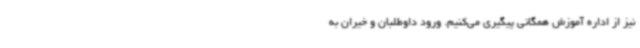
نیز از اداره آموزش همگانی پیگیری می‌کنیم. ورود داوطلبان و خیران به